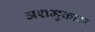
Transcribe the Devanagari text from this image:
अशमुकाम